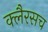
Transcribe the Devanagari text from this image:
क्लैरसच